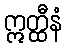
ဣတ္ထီနံ